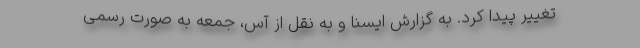
تغییر پیدا کرد. به گزارش ایسنا و به نقل از آس، جمعه به صورت رسمی